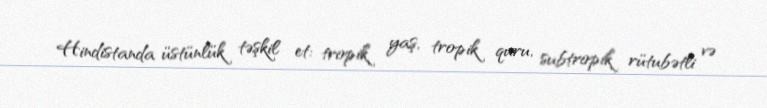
Hindistanda üstünlük təşkil et: tropik yaş, tropik quru, subtropik rütubətli və